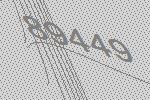
89449